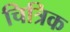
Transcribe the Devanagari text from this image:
चित्रिक